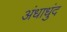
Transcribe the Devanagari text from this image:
अंधाधुंद